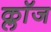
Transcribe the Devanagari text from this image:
क्लाॅज